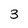
Character: 3